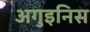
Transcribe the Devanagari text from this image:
अगुइनिस